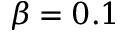
\beta = 0 . 1